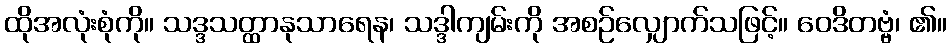
ထိုအလုံးစုံကို။ သဒ္ဒသတ္ထာနုသာရေန၊ သဒ္ဒါကျမ်းကို အစဉ်လျှောက်သဖြင့်။ ဝေဒိတဗ္ဗံ၊ ၏။